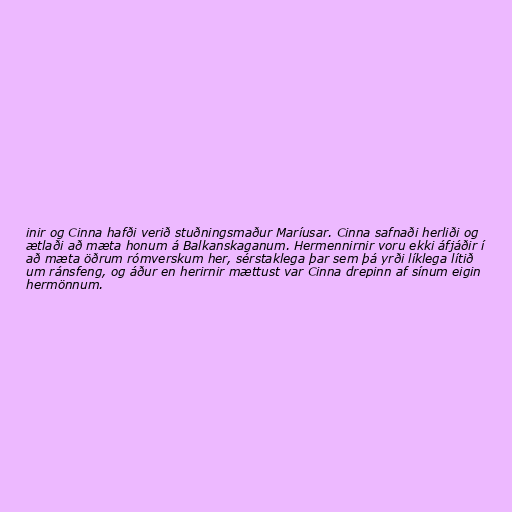
inir og Cinna hafði verið stuðningsmaður Maríusar. Cinna safnaði herliði og
ætlaði að mæta honum á Balkanskaganum. Hermennirnir voru ekki áfjáðir í
að mæta öðrum rómverskum her, sérstaklega þar sem þá yrði líklega lítið
um ránsfeng, og áður en herirnir mættust var Cinna drepinn af sínum eigin
hermönnum.